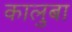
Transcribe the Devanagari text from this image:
कालुबा